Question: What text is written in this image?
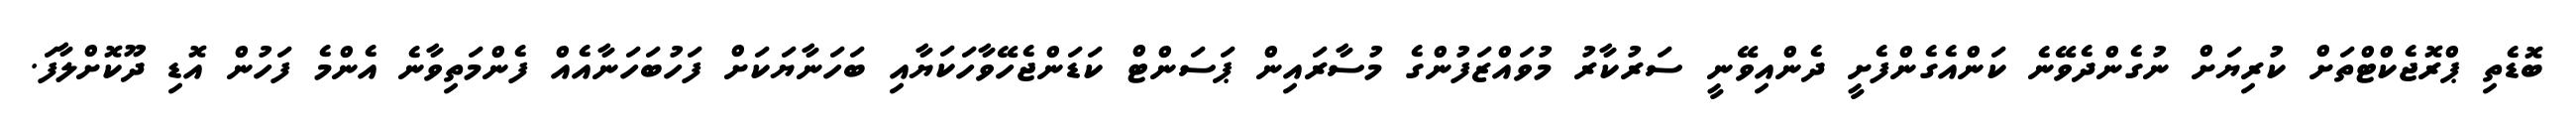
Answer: ބޮޑެތި ޕްރޮޖެކްޓްތަށް ކުރިޔަށް ނުގެންދެވޭނެ ކަންއެގެންފެށީ ދެންއިވޭނީ ސަރުކާރު މުވައްޒަފުންގެ މުސާރައިން ޕަސަންޓް ކަޑަންޖެހޭވާހަކަޔާއި ބަހަނާޔަކަށް ފަހުބަހަނާއެއް ފެންމަތިވާނެ އެންމެ ފަހުން އޮޑި ދޫކޮށްލާފަ.